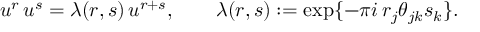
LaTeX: u ^ { r } \, u ^ { s } = \lambda ( r , s ) \, u ^ { r + s } , \qquad \lambda ( r , s ) : = \exp \{ - \pi i \, r _ { j } \theta _ { j k } s _ { k } \} .